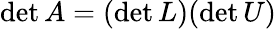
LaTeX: \operatorname*{det}A=(\operatorname*{det}L)(\operatorname*{det}U)